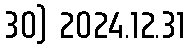
30) 2024.12.31